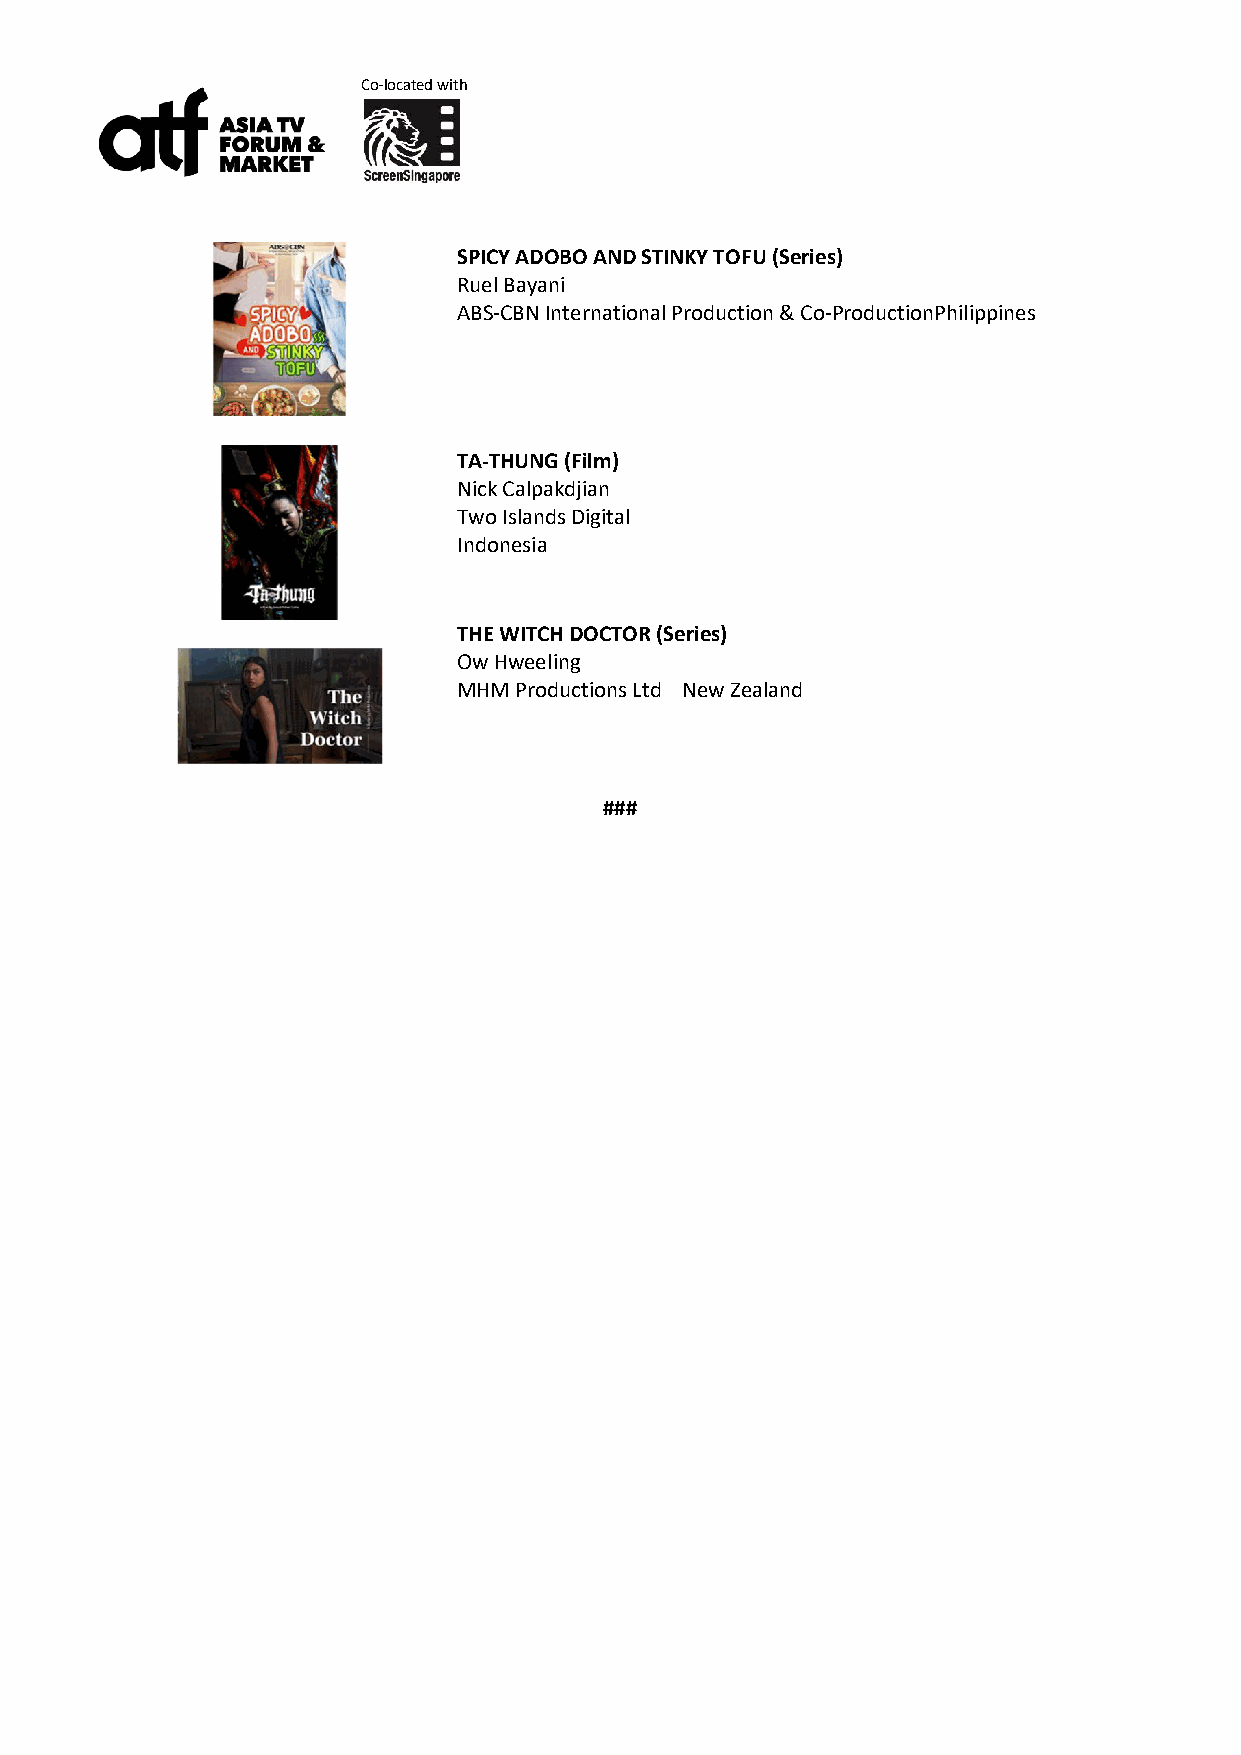
Co-located with
 SPICY ADOBO AND STINKY TOFU (Series)
 Ruel Bayani
 ABS-CBN International Production & Co-ProductionPhilippines
 TA-THUNG (Film)
 Nick Calpakdjian
 Two Islands Digital
 Indonesia
 THE WITCH DOCTOR (Series)
 Ow Hweeling
 MHM Productions Ltd New Zealand
 ###